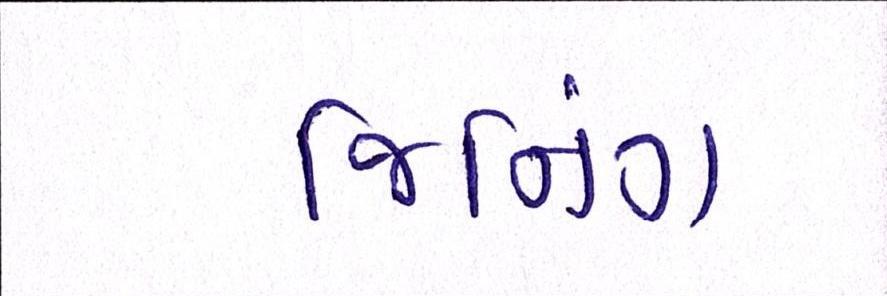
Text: જિનિંગ